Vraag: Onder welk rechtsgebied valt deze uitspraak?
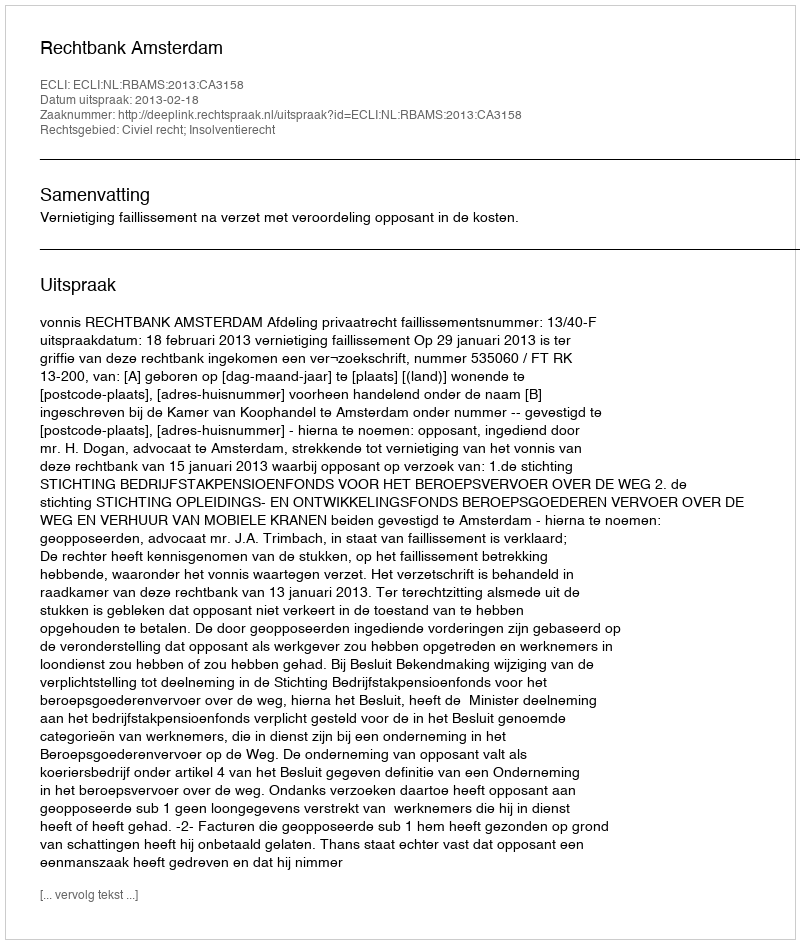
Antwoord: Civiel recht; Insolventierecht